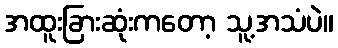
အထူးခြားဆုံးကတော့ သူ့အသံပဲ။